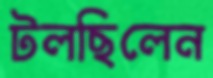
টলছিলেন